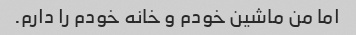
اما من ماشین خودم و خانه خودم را دارم.